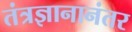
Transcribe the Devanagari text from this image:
तंत्रज्ञानानंतर